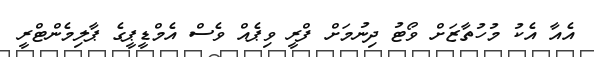
އެއާ އެކު މުހުތާޒަށް ވޯޓު ދިނުމަށް ފްރީ ވިޕެއް ވެސް އެމްޑީޕީގެ ޕާލިމެންޓްރީ